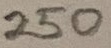
Text: 250